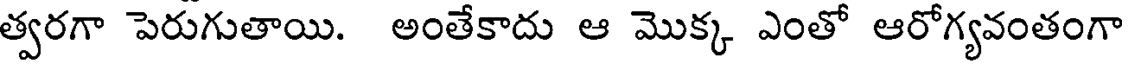
త్వరగా పెరుగుతాయి. అంతేకాదు ఆ మొక్క ఎంతో ఆరోగ్యవంతంగా